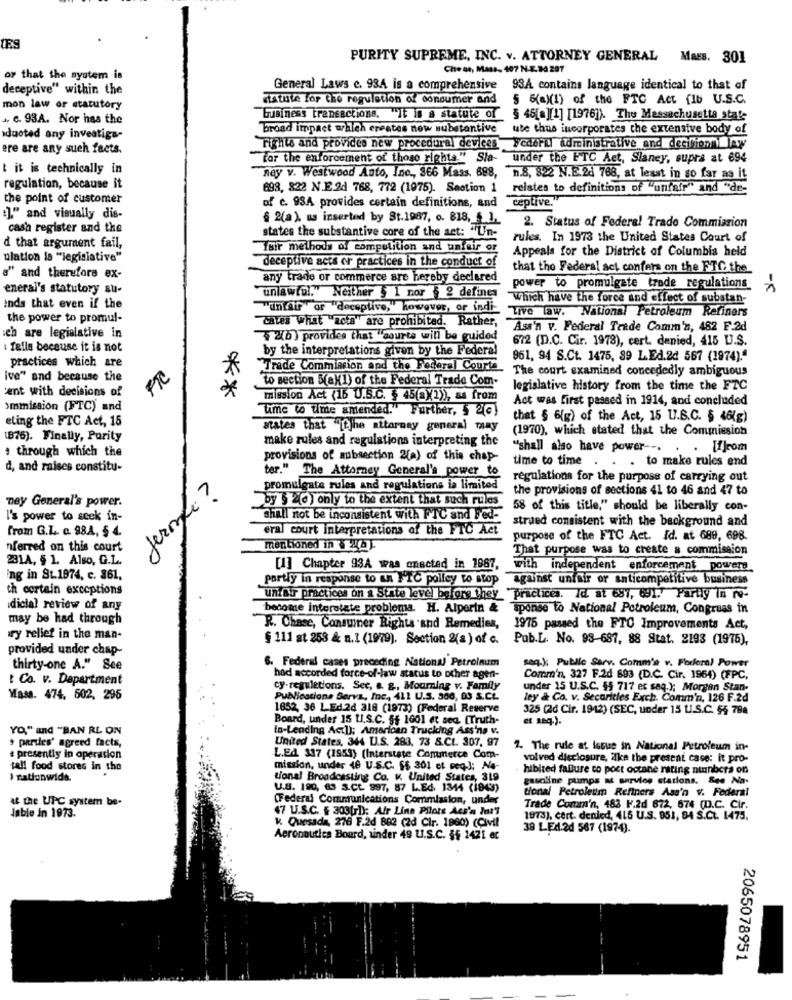
PURITY SUPREME, INC. v. ATTORNEY GENERAL MAES. 301
Che us, Mass. 407 N-E.24 207
or that the system is
deceptive" within the
General Laws c. 934 is a comprehensive 93A contains language identical to that of
statute for the regulation of consumer and $ 6(a)(1) of the FTC Act fib U.S.C.
mon law or statutory
.. c. 93A. Nor has the
business transactione. "It in a statute of § 46[a][1] [1976]). The Massachusetts state
broad impact arileh creates now substantive ute thus incorporates the extensive body of
duoted any investiga-
ere are any such facts.
rights and provides new procedural devices wederLl administrative and decifiomlow
tor the enforcement of those rights." Sia- under the ETC Act, Slaney, supra at 694
t it is technically in
ney v. Westwood Auto, Inc ., 366 Mass. 688, n.8, 822 N.E.24 788, at least in so far as it
regulation, because it
693, 822 N.E.2d 768, 772 (1975). Section 1 relates to definitions of "unfair" and "de-
the point of customer
of c. 93A provides certain definitions, and
ceptive."
:]." and visually dis-
§ 2(a), as inserted by St.1987, o. 818, 5 1
cash register and the
states the substantive core of the act: "Un-
2. Status of Federal Trade Commission
rules. In 1973 the United States Court of
d that argument fail,
Tair methods of compulition and unfair or
Appeals for the District of Columbia held
ulation is "legislative"
deceptive acts or practices in the conduct of
that the Federal act confers on the FTC the
s" and therefore ex-
any trade or commerce are hereby declared
eneral's statutory su-
power to promulgate trede regulations
unlawful. Neither 5 1 nor § 2 defines
Which have the force and effect of substan-
inds that even if the
the power to promul-
"unfair" or "deceptive," however, or indi- Live law. National Petroleum Refiners
cates what "acta" are prohibited. Rather,
ich are legialative in
Ass'n v. Federal Trade Comm'n, 482 F.2d
2(b) provides that "source will be guided
672 (D.C. Cir. 1978), cert. denied, 415 U.S.
falls because it is not
by the interpretations given by the Federal
practices which are
961, 94 S.Ct. 1475, 39 L.Ed.2d 567 (1974)."
"Trade Commission and the Federal Courts
The court examined concededly ambiguous
ive" and because the
FTC
to section 5(ak1) of the Federal Trade Com-
cent with decisions of
*
**
legislative history from the time the FTC
mission Act (16 U.S.C. § 45(a)2)), as from
Act was first passed in 1914, and concluded
ommission (FTC) and
time to ume amended."Further, 5 2€)
eting the FTC Act, 15
that § 6(g) of the Act, 15 U.B.C. § 46(g)
states that "[jhe attorney general many
(1970), which stated that the Commission
1876). Finally, Purity
make rules and regulations interpreting the
: through which the
"shall also have power -. . . [f]com
provisions of subsection 2(a) of this chap-
time to time . . . to make rules end
d, and raises constitu-
ter." The Attorney General's power to
regulations for the purpose of carrying out
jeroglí?
promulgate rules and regulations ia limited
the provisions of sections 41 to 46 and 47 to
ney General's power.
by $ 0) only to the extent that such rules 58 of this title," should be liberally con-
I's power to seek in-
shall not be inconsistent with FTC and Fed-
strued consistent with the background and
from G.L. c. 98.A, $ 4.
eral court interpretations of the FTC Act
purpose of the FTC Act. Id. at 689, 698.
nferred on this court
mentioned in § 26).
That purpose was to create a commission
231A, § 1. Also, G.L.
[1] Chapter 93A was enacted in 1987,
with independent enforcement powers
ing in St.1974. c. 861.
partly in response to un FrC polley to stop against unfair or anticompetitive business
th certain exceptions
Unfair practices on a State level before they_ "Practices. Id. at 687, 691." Partly In no-
dicial review of any
become interstate problema. H. Alperin & sponse to National Petroleum, Congress in
may be had through
R. Chase, Consumer Rights and Remedies,
1975 passed the FTC Improvements Act,
ry relief in the man-
§ 111 at 253 & n.1 (1979). Section 2(a ) of c.
Pub.L. No. 93-687, 88 Stat. 2193 (1975),
provided under chap-
thirty-one A." See
6. Federal cases preceding National Petroleum
seq.X: Public Serv. Comm'a v. Federal Power
t Co. v. Department
had accorded force-of-law stacus to other agen-
Comm'n. 327 F.2d 693 (D.C. Cir. 1964) (FPC,
cy-regulations. Sec, a. g ., Mourning v. Family
under 15 U.S.C. §§ 717 es saq.), Morgan Stan-
Mass. 474. 502, 295
Publications Serva, Inc ., 411 U.S. 360, 03 S.CL.
ley & Co. v. Secarities Exch. Comm'n, 126 F.2d
1852, 36 1.Ed.2d 318 (1973) [Federal Reserve
325 (2d Cir. 1942) (SEC, under 15 U.S.C. §§ 788
Board, under 15 U.S.C. §§ 1601 et sea. [Truth-
YO," and "BAN RL ON
to-Lending Actl); American Trucking Ass'no v.
partes' agreed facts,
United States, 344 U.S. 283. 73 8.Ct. 307, 97
7. The rule at issue in National Petroleum in-
e presently in operation
.L.EA 337 (1953) (Interstate Commerce Com-
volved disclosure, ilke the present case: it pro-
tall food stores in the
mission, under 48 U.S.C. $5 301 et seq.]; Ne-
hibited failure co poct octane rating nunbers on
> nationwide.
tional Broadcasting Co. v. United States, 319
gasoline pumps at service stadions. See Na.
U.S. 190, 63 S.CL. 997, 87 L.Ed. 1344 (1943)
tional Petroleum Refiners Ass'n v. Federal
at the UPC system be.
(Federal Communications Commission, under
47 U.S.C. § 303[r]); Air Line Pilots Aus'a Int'l
Trade Comm'n, 483 F.2d 672, 674 (D.C. Cir.
Jable in 1973.
1873), cert. denied, 415 U.S. 951, 94 S.Ct. 1475,
v. Quesada, 276 F.2d 882 (2d Cir. 1860) (Civil
38 LEd.2d 567 (1974).
Aeronautica Bourd, inder 49 U.S.C. §§ 1421 ac
2065078951